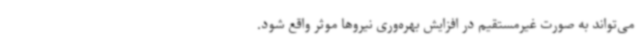
می‌تواند به صورت غیرمستقیم در افزایش بهره‌وری نیروها موثر واقع شود.